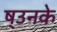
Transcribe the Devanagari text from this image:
ष्उनके